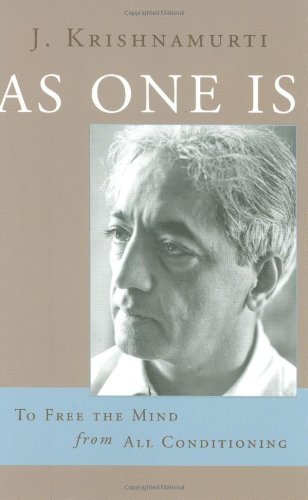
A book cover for As One Is: To Free the Mind from All Conditioning; J. Krishnamurti; Religion & Spirituality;